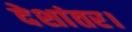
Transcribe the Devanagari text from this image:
देशांतर।